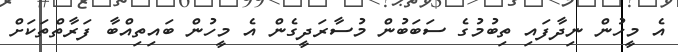
އެ މީހުން ނިދާފައި ތިބުމުގެ ސަބަބުން މުސާރަދީގެން އެ މީހުން ބައިތިއްބާ ފަރާތްތަކަށް